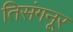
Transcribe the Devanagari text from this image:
तिसंगनूर